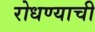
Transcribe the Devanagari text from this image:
रोधण्याची